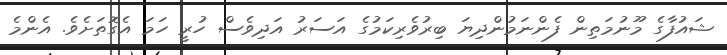
ޝައުފާގެ މޫނުމަތިން ފެންނަމުންދިޔަ ބިރުވެރިކަމުގެ އަސަރު އަދިވެސް ހުރީ ހަމަ އެގޮތަށެވެ. އެންމެ